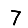
Digit: 7